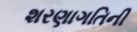
શરણાગતિની